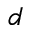
d